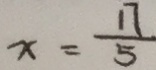
x = \frac { 1 7 } { 5 }